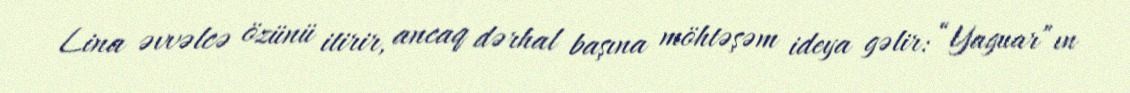
Lina əvvəlcə özünü itirir, ancaq dərhal başına möhtəşəm ideya gəlir: “Yaguar”ın